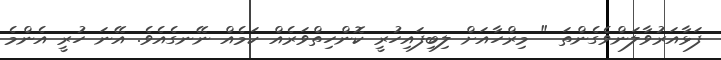
ފަޅާއަރުވާލަންވެގެންތަ " މިރްހާއަށް ލިބިފައިހުރީ ކޮންހިތްވަރެއް ކަމެއް ނޭނގެއެވެ. އޭނަ ހުރީ އެންމެ